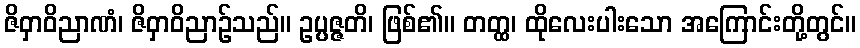
ဇိဝှာဝိညာဏံ၊ ဇိဝှာဝိညာဉ်သည်။ ဥပ္ပဇ္ဇတိ၊ ဖြစ်၏။ တတ္ထ၊ ထိုလေးပါးသော အကြောင်းတို့တွင်။